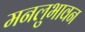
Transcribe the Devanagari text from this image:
मनलुभावन